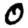
Digit: 0